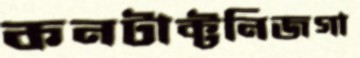
কনটাক্টনিজগা